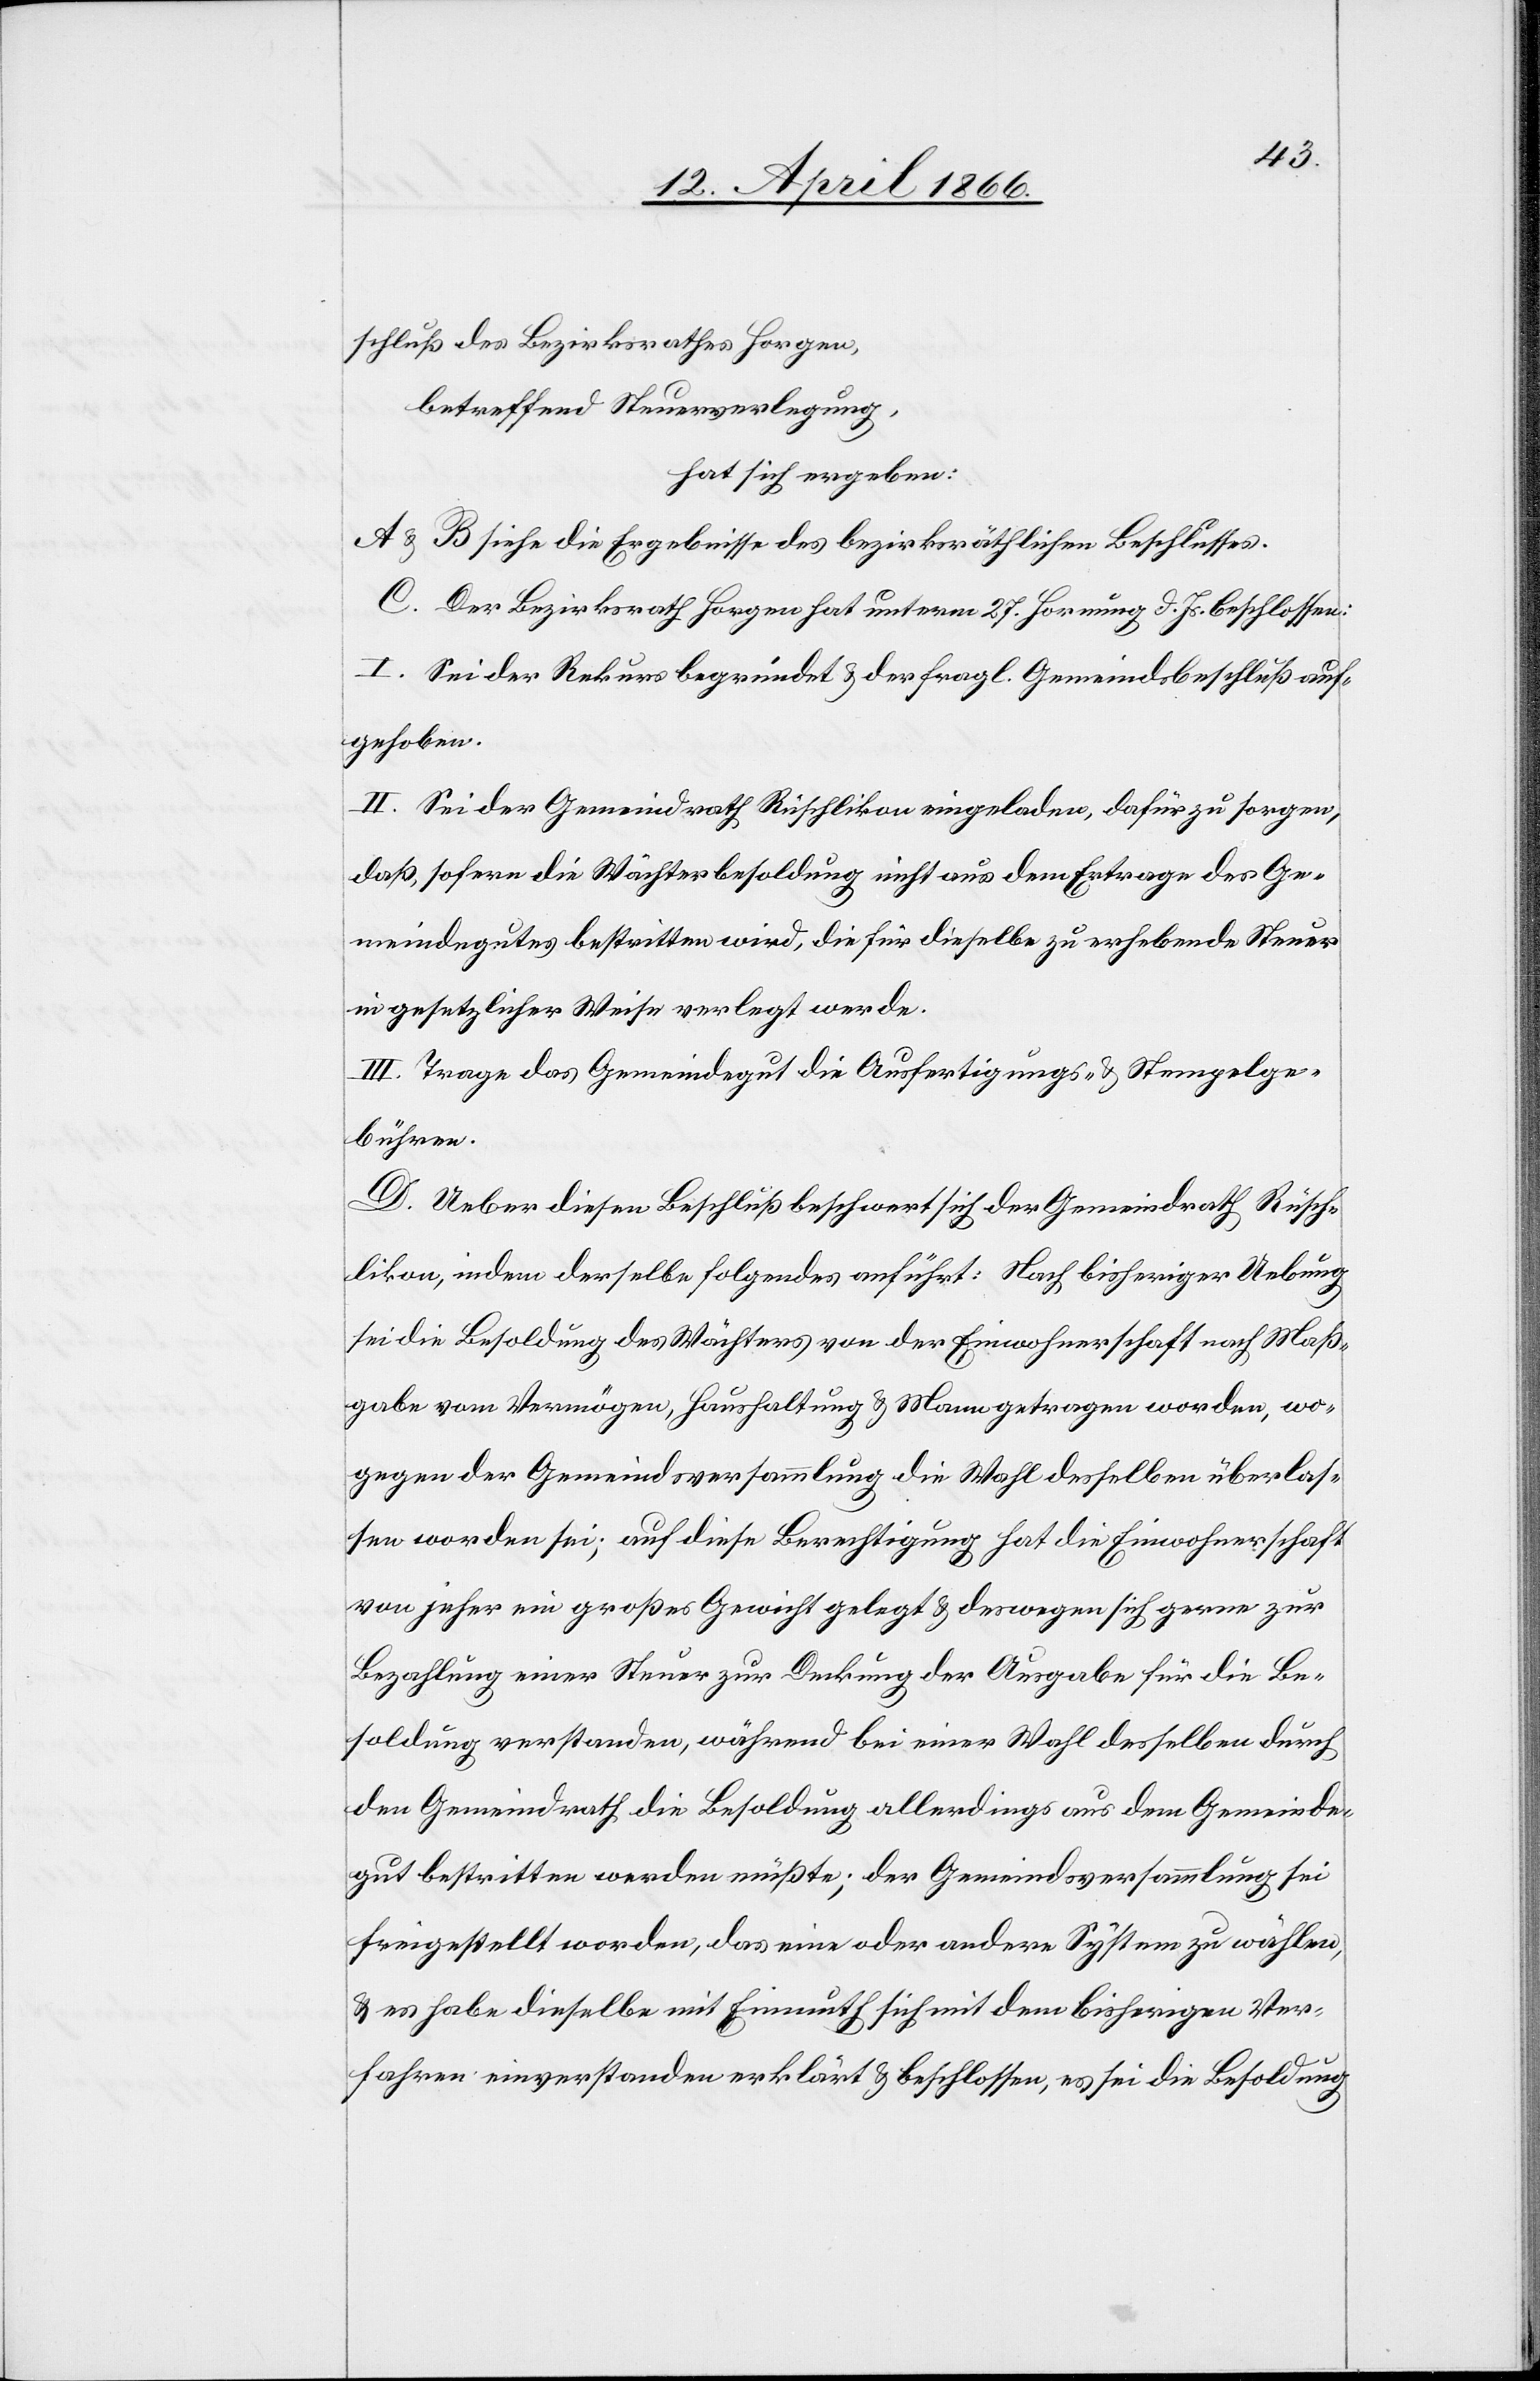
schluß des Bezirksrathes Horgen,
betreffend Steuerverlegung,
hat sich ergeben:
A u. B siehe die Ergebnisse des bezirksräthlichen Beschlusses.
C. Der Bezirksrath Horgen hat unterm 27. Hornung d. Js. beschlossen:
I. Sei der Rekurs begründet u. der fragl. Gemeindsbeschluß auf¬
gehoben.
II. Sei der Gemeindrath Rüschlikon eingeladen, dafür zu sorgen,
daß, sofern die Wächterbesoldung nicht aus dem Ertrage des Ge¬
meindgutes bestritten wird, die für dieselbe zu erhebende Steuer
in gesetzlicher Weise verlegt werde.
III. Trage das Gemeindegut die Ausfertigungs- u. Stempelge¬
bühren.
D. Ueber diesen Beschluß beschwert sich der Gemeindrath Rüsch¬
likon, indem derselbe folgendes anführt: Nach bisheriger Uebung
sei die Besoldung des Wächters der Einwohnerschaft nach Maß¬
gabe vom Vermögen, Haushaltung u. Mann getragen worden, wo¬
gegen der Gemeindsversammlung die Wahl desselben überlas¬
sen worden sei; auf diese Berichtigung hat die Einwohnerschaft
von jeher ein großes Gewicht gelegt u. deswegen sich gern zur
Bezahlung einer Steuer zur Deckung der Ausgabe für die Be¬
soldung verstanden, während bei einer Wahl desselben durch
den Gemeindrath die Besoldung allerdings aus dem Gemeinde¬
gut bestritten werden müßte; der Gemeindsversammlung sei
freigestellt worden, das eine oder andere System zu wählen,
u. es habe dieselbe mit Einmuth sich mit dem bisherigen Ver¬
fahren einverstanden erklärt u. beschloßen, es sei die Besoldung